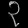
Digit: ၃